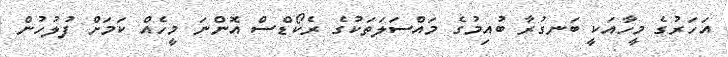
އަހަރުގެ މީހާއަކީ ބަނގުރާ ބުއިމުގެ މައްސަލަތަކުގެ ރެކޯޑްސް އޮންނަ މީހެއް ކަމަށް ފުލުހުން